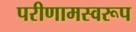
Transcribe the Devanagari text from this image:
परीणामस्वरूप